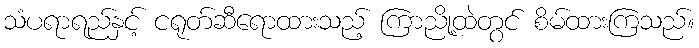
သံပရာရည်နှင့် ငရုတ်ဆီရောထားသည့် ကြာညို့ထဲတွင် စိမ်ထားကြသည်။